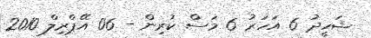
ޝަހީދު 6 އަހަރު 6 މަސް ކުރިން - 06 އޭޕްރިލް 2010